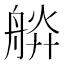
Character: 𦩎